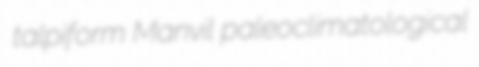
talpiform Manvil paleoclimatological